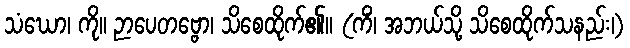
သံဃော၊ ကို။ ဉာပေတဗ္ဗော၊ သိစေထိုက်၏။ (ကိံ၊ အဘယ်သို့ သိစေထိုက်သနည်း၊)